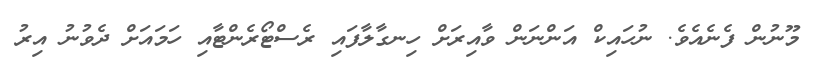
މޫނުން ފެނެއެވެ. ނުހައިކް އަންނަން ވާއިރަށް ހިނގާލާފައި ރެސްޓޯރެންޓާއި ހަމައަށް ދެވުނު އިރު